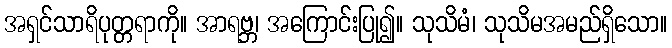
အရှင်သာရိပုတ္တရာကို။ အာရဗ္ဘ၊ အကြောင်းပြု၍။ သုသိမံ၊ သုသိမအမည်ရှိသော။